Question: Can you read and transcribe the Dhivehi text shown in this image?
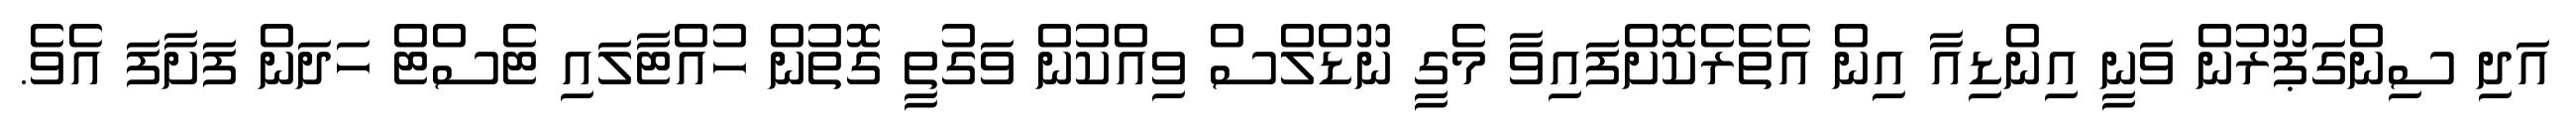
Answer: އަދި ސިންގަޕޫރުން ވަނީ އިންޑިއާ އިން އެތެރެކޮށްފައިވާ މެގީ ނޫޑްލްސް ވިއްކުން ވަގުތީ ގޮތުން ހުއްޓާލައި ޓެސްޓް ހަދަން ފަށާފަ އެވެ.